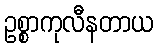
ဥစ္စာကုလီနတာယ